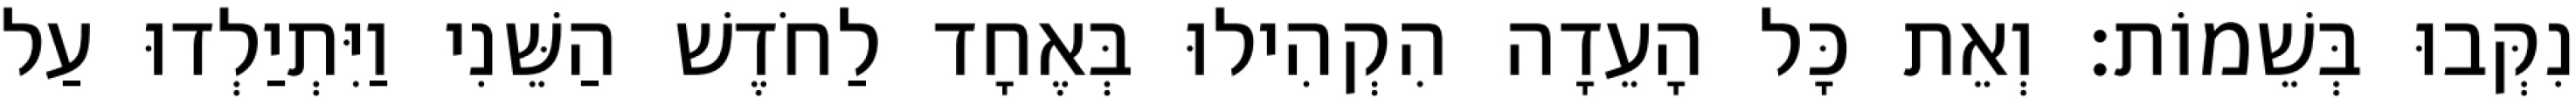
נִקְּבוּ בְּשֵׁמוֹת׃ וְאֵת כָּל הָעֵדָה הִקְהִילוּ בְּאֶחָד לַחֹדֶשׁ הַשֵּׁנִי וַיִּתְיַלְדוּ עַל